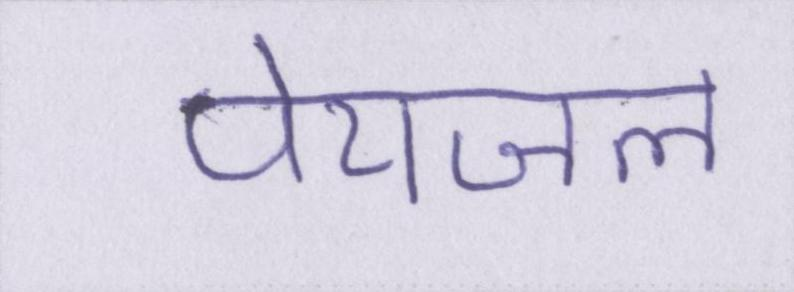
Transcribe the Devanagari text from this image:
पेयजल